Insane asylums in Bengal annual reports 1876-1887 - 1876-1887
Year: 1876
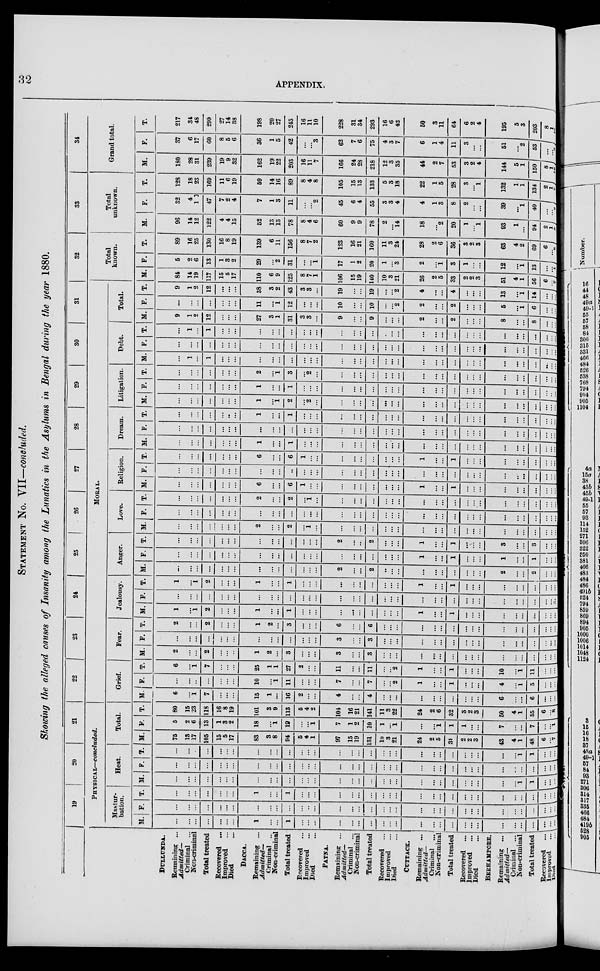
32
APPENDIX.
STATEMENT N0. VII—concluded.
Showing the alleged causes of Insanity among the Lunatics in the Asylums in Bengal during the year 1880.
DULLANDA.
Remaining ...
Admitted—
Criminal
...
Non-criminal
Total treated
Recovered
...
Improved ...
Died ...
DACCA.
Remaining ...
Admitted—
Criminal ...
Non-criminal
Total treated
Recovered ...
Improved ...
Died ...
PATNA.
Remaining ...
Admitted—
Criminal ...
Non-criminal
Total treated
Recovered ...
Improved ...
Died ...
CUTTACK.
Remaining ...
Admitted—
Criminal ...
Non-criminal
Total treated
Recovered
...
Improved ...
Died ...
BERHAMPORE.
Remaining ...
Admitted—
Criminal ...
Non-criminal
Total treated
Recovered ...
Improved ...
Died ...
19
20
21
PHYSICAL—concluded.
Mastur-
bation.
M.
...
...
...
...
...
...
...
1
...
...
1
...
...
...
...
...
...
...
...
...
...
...
...
...
...
...
...
...
...
...
...
...
...
...
...
F.
...
...
...
...
...
...
...
...
...
...
...
...
...
...
...
...
...
...
...
...
...
...
...
...
...
...
...
...
...
...
...
...
...
...
...
T.
...
...
...
...
...
...
...
1
...
...
1
...
...
...
...
...
...
...
...
...
...
...
...
...
...
...
...
...
...
...
...
...
...
...
...
Heat.
M.
...
...
...
...
...
...
...
...
...
...
...
...
...
...
...
...
...
...
...
...
...
...
...
...
...
...
...
...
...
...
1
1
...
...
...
F.
...
...
...
...
...
...
...
...
...
...
...
...
...
...
...
...
...
...
...
...
...
...
...
...
...
...
...
...
...
...
...
...
...
...
...
T.
...
...
...
...
...
...
...
...
...
...
...
...
...
...
...
...
...
...
...
...
...
...
...
...
...
...
...
...
...
...
1
1
...
...
...
Total.
M.
75
13
17
105
15
5
17
83
3
8
94
5
4
1
97
15
19
131
10
3
21
24
2
5
31
2
2
3
43
4
1
48
6
...
7
F.
5
2
6
13
1
3
2
18
...
1
19
...
...
1
7
1
2
10
1
...
1
...
...
l
1
1
...
...
7
...
...
7
...
...
1
T.
80
15
23
118
16
8
19
101
3
9
113
5
4
2
104
16
21
141
11
3
22
24
2
6
32
3
2
3
50
4
1
55
6
...
8
22
23
24
25
26
27
28
29
30
31
MORAL.
Grief.
M.
6
...
1
7
...
...
...
15
1
...
16
2
...
...
4
...
...
4
...
...
...
...
...
...
...
...
...
...
6
...
...
6
...
...
...
F.
...
...
..
...
...
...
...
10
...
1
11
...
...
...
7
...
...
7
...
...
2
1
...
...
1
...
...
...
4
...
1
5
...
...
...
T.
6
...
1
7
...
...
...
25
1
1
27
2
...
...
11
...
...
11
...
...
2
1
...
...
1
...
...
...
10
...
1
11
...
...
...
Fear.
M.
2
...
...
2
...
...
...
1
2
...
3
...
...
...
3
...
...
3
...
...
...
...
...
...
...
...
...
...
...
...
...
...
...
...
...
F.
...
...
...
...
...
...
...
...
...
...
...
...
...
...
3
...
...
3
...
...
...
...
...
...
...
...
...
...
...
...
...
...
...
...
T.
2
...
...
2
...
...
...
1
2
...
3
...
...
...
6
...
...
6
...
...
...
...
...
...
...
...
...
...
...
...
...
...
...
...
...
Jealousy.
M.
1
...
1
2
...
...
...
1
...
...
1
...
...
...
...
...
...
...
...
...
...
1
...
...
1
...
...
...
...
...
...
...
...
...
...
F.
...
...
...
...
...
...
...
...
...
...
...
...
...
...
...
...
...
...
...
...
...
...
...
...
...
...
...
...
...
...
...
...
...
...
...
T.
1
...
1
2
...
...
...
1
...
...
1
...
...
...
...
...
...
...
...
...
...
1
...
...
1
...
...
...
...
...
...
...
...
...
...
Anger.
M.
...
...
...
...
...
...
...
...
...
...
...
...
...
...
2
...
...
2
...
...
...
...
...
...
...
...
...
...
2
...
...
2
...
...
...
F.
...
...
...
...
...
...
...
...
...
...
...
...
...
...
...
...
...
...
...
...
...
1
...
...
1
...
...
...
1
...
...
1
...
...
...
T.
...
...
...
...
...
...
...
...
...
...
...
...
...
...
2
...
...
2
...
...
...
1
...
...
1
...
...
...
3
...
...
3
...
...
...
Love.
M.
...
...
...
...
...
...
...
2
...
...
2
...
1
...
...
...
...
...
...
...
...
...
...
...
...
...
...
...
...
...
...
...
...
...
...
F.
...
...
...
...
...
...
...
...
...
...
...
...
...
...
...
...
...
...
...
...
...
...
...
...
...
...
...
...
...
...
...
...
...
...
...
T.
...
...
...
...
...
...
...
2
...
...
2
...
1
...
...
...
...
...
...
...
...
...
...
...
...
...
...
...
...
...
...
...
...
...
...
Religion.
M.
...
...
...
...
...
...
...
6
...
...
6
1
...
...
...
...
...
...
...
...
...
1
...
...
1
...
...
...
...
...
...
...
...
...
...
F.
...
...
...
...
...
...
...
...
...
...
...
...
...
...
...
...
...
...
...
...
...
...
...
...
...
...
...
...
...
...
...
...
...
...
...
T.
...
...
...
...
...
...
...
6
...
...
6
1
...
...
...
...
...
...
...
...
...
1
...
...
1
...
...
...
...
...
...
...
...
...
...
Dream.
M.
...
...
...
...
...
...
...
1
...
...
1
...
...
...
...
...
...
...
...
...
...
...
...
...
...
...
...
...
...
...
...
...
...
...
...
F.
...
...
...
...
...
...
...
...
...
...
...
...
...
...
...
...
...
...
...
...
...
...
...
...
...
...
...
...
...
...
...
...
...
...
...
T.
...
...
...
...
...
...
...
1
...
...
1
...
...
...
...
...
...
...
...
...
...
...
...
...
...
...
...
...
...
...
...
...
...
...
...
Litigation.
M.
...
...
...
...
...
...
...
1
...
1
2
...
2
...
...
...
...
...
...
...
...
...
...
...
...
...
...
...
...
...
...
...
...
...
...
F.
...
...
...
...
...
...
...
1
...
...
1
...
...
...
...
...
...
...
...
...
...
...
...
...
...
...
...
...
...
...
...
...
...
...
...
T.
...
...
...
...
...
...
...
2
...
1
3
...
2
...
...
...
...
...
...
...
...
...
...
...
...
...
...
...
...
...
...
...
...
...
...
Debt.
M.
...
1
...
1
...
...
...
...
...
...
...
...
...
...
...
...
...
...
...
...
...
...
...
...
...
...
...
...
...
...
...
...
... ...
...
F.
...
...
...
...
...
...
...
...
...
...
...
...
...
...
...
...
...
...
...
...
...
...
...
...
...
...
...
...
...
...
...
...
...
...
...
T.
...
1
...
1
...
...
...
...
...
...
...
...
...
...
...
...
...
...
...
...
...
...
...
...
...
...
...
...
...
...
...
...
... ...
...
Total.
M.
9
1
2
12
...
...
...
27
3
1
31
3
3
...
9
...
...
9
...
...
...
2
...
...
2
...
...
...
8
...
...
8
...
...
...
F.
...
...
...
...
...
...
...
11
...
1
12
...
...
...
10
...
...
10
...
...
2
2
...
...
2
...
...
...
5
...
1
6
...
...
...
T.
9
1
2
12
...
...
...
38
3
2
43
3
3
...
19
...
...
19
...
...
2
4
...
...
4
...
...
...
13
...
1
14
...
...
...
32
Total
known.
M.
84
14
19
117
15
5
17
110
6
9
125
8
7
1
106
15
19
140
10
3
21
26
2
5
33
2
2
3
51
4
1
56
6
...
...
F.
5
2
6
13
1
3
2
29
...
2
31
...
...
1
17
1
2
20
1
...
3
2
...
1
3
1
...
...
12
...
1
13
...
...
...
T.
89
16
25
130
16
8
19
139
6
11
156
8
7
2
123
16
21
160
11
3
24
28
2
6
36
3
2
3
63
4
2
69
6
...
...
33
Total
unknown.
M.
96
14
12
122
4
4
15
52
13
13
78
8
4
6
60
9
9
78
2
...
14
18
...
2
20
1
...
1
93
1
...
94
2
1
...
F.
32
4
1
47
7
2
4
7
1
3
11
...
...
2
45
6
4
55
3
3
4
4
1
3
8
2
...
...
39
...
1
40
...
...
...
T.
128
18
23
169
11
6
19
59
14
16
89
8
4
8
105
15
13
133
5
3
18
22
1
5
28
3
...
1
132
1
1
134
2
1
...
34
Grand total.
M.
180
28
31
239
19
9
32
162
19
22
203
16
11
7
166
24
28
218
12
3
35
44
2
7
53
3
2
4
144
5
1
150
8
1
...
F.
37
6
17
60
8
5
6
36
1
5
42
...
...
3
62
7
6
75
4
3
7
6
1
4
11
3
...
...
51
...
2
53
...
...
...
T.
217
34
48
299
27
14
38
198
20
27
245
16
11
10
228
31
34
293
16
6
42
50
3
11
64
6
2
4
195
5
3
203
8
1
...